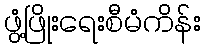
ဖွံ့ဖြိုးရေးစီမံကိန်း